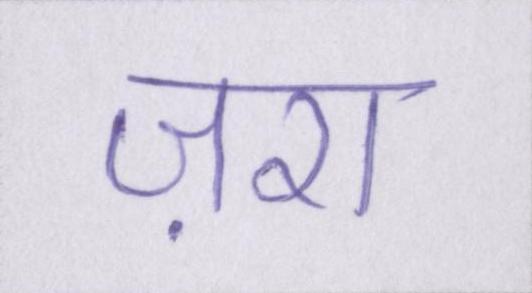
ज़रा